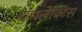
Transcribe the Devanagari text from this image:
डायलेक्टिस